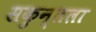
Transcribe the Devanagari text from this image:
सकुन्तला